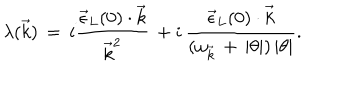
\lambda ( \vec { k } ) \, = \, i \frac { { \vec { \epsilon } } _ { L } ( 0 ) \cdot \vec { k } } { { \vec { k } } ^ { 2 } } \, + i \, \frac { { \vec { \epsilon } } _ { L } ( 0 ) \cdot \vec { k } } { ( \omega _ { \vec { k } } \, + \, | \theta | ) \, | \theta | } .